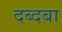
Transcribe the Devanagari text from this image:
दब्दबा